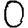
Digit: 0